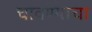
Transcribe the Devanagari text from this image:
चावण्याचा